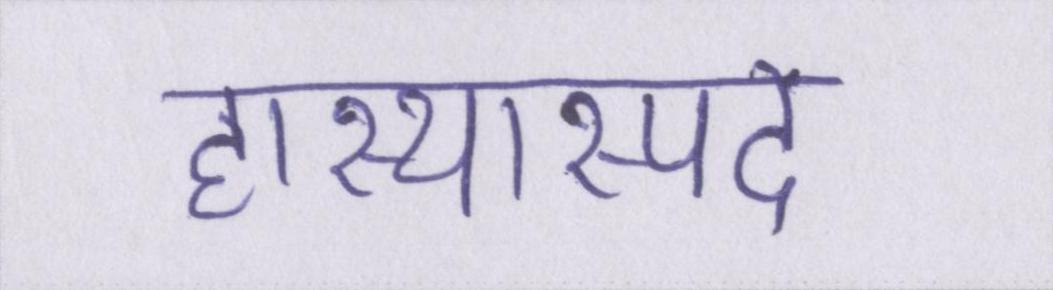
हास्यास्पद